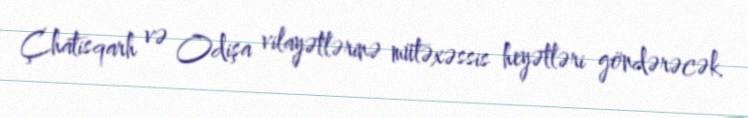
Çhatisqarh və Odişa vilayətlərinə mütəxəssis heyətləri göndərəcək.